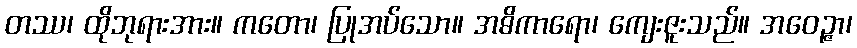
တဿ၊ ထိုဘုရားအား။ ကတော၊ ပြုအပ်သော။ အဓိကာရော၊ ကျေးဇူးသည်။ အဝေဉ္ဇာ၊